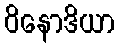
ဝိနောဒိယာ